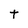
Character: t